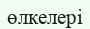
өлкелері